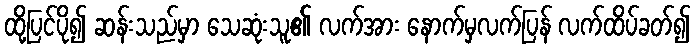
ထို့ပြင်ပို၍ ဆန်းသည်မှာ သေဆုံးသူ၏ လက်အား နောက်မှလက်ပြန် လက်ထိပ်ခတ်၍